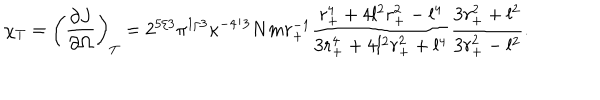
\chi _ { T } = \left( \frac { \partial J } { \partial \Omega } \right) _ { T } = 2 ^ { 5 / 3 } \pi ^ { 1 / 3 } \kappa ^ { - 4 / 3 } N m r _ { + } ^ { - 1 } \frac { r _ { + } ^ { 4 } + 4 l ^ { 2 } r _ { + } ^ { 2 } - l ^ { 4 } } { 3 r _ { + } ^ { 4 } + 4 l ^ { 2 } r _ { + } ^ { 2 } + l ^ { 4 } } \frac { 3 r _ { + } ^ { 2 } + l ^ { 2 } } { 3 r _ { + } ^ { 2 } - l ^ { 2 } } .